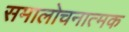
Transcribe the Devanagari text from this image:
समालोचनात्‍मक